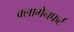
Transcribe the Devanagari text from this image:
क्लागेनफर्ट